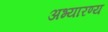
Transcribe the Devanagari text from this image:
अभ्यारण्‍य